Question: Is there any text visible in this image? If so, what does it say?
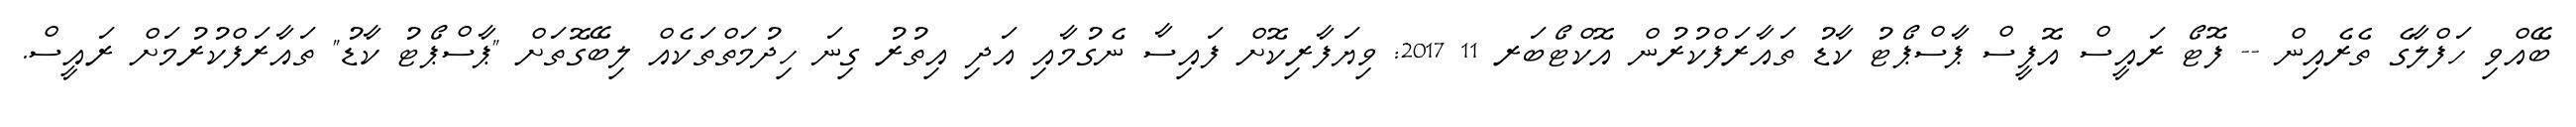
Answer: ބޭއްވި ހަފްލާގެ ތެރެއިން -- ފޮޓޯ ރައީސް އޮފީސް ޕާސްޕޯޓު ކާޑު ތައާރަފްކުރުން އޮކްޓޯބަރ 11 2017: ވިޔަފާރިކޮށް ފައިސާ ނެގުމާއި އަދި އިތުރު ގިނަ ހިދުމަތްތަކެއް ލިބޭގޮތަށް "ޕާސްޕޯޓު ކާޑު" ތައާރަފްކުރުމަށް ރައީސް.